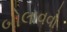
બોલાવવો